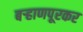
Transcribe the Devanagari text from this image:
बऱ्हाणपूरकर